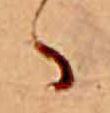
ゝ